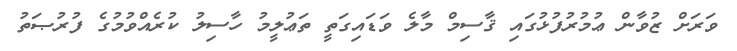
ވަރަށް ޒުވާން ޢުމުރުފުޅުގައި ޤާސިމް މާލެ ވަޑައިގަތީ ތަޢުލީމު ހާސިލު ކުރެއްވުމުގެ ފުރުޞަތު